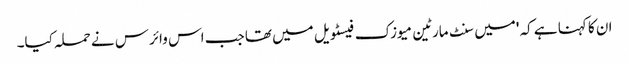
ان کا کہنا ہے کہ 'میں سنٹ مارٹین میوزک فیسٹویل میں تھا جب اس وائرس نے حملہ کیا۔